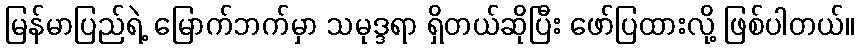
မြန်မာပြည်ရဲ့ မြောက်ဘက်မှာ သမုဒ္ဒရာ ရှိတယ်ဆိုပြီး ဖော်ပြထားလို့ ဖြစ်ပါတယ်။